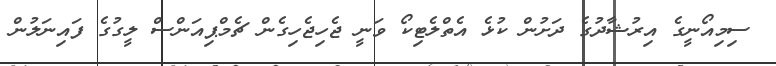
ސިމިއޯނީގެ އިރުޝާދުގެ ދަށުން ކުޅެ އެތްލެޓިކޯ ވަނީ ޖެހިޖެހިގެން ޗެމްޕިއަންސް ލީގުގެ ފައިނަލުން